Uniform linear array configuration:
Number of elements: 24
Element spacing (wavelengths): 1
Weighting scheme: exponential
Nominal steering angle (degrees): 15
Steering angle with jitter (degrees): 14.629
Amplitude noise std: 0.05
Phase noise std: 0.05

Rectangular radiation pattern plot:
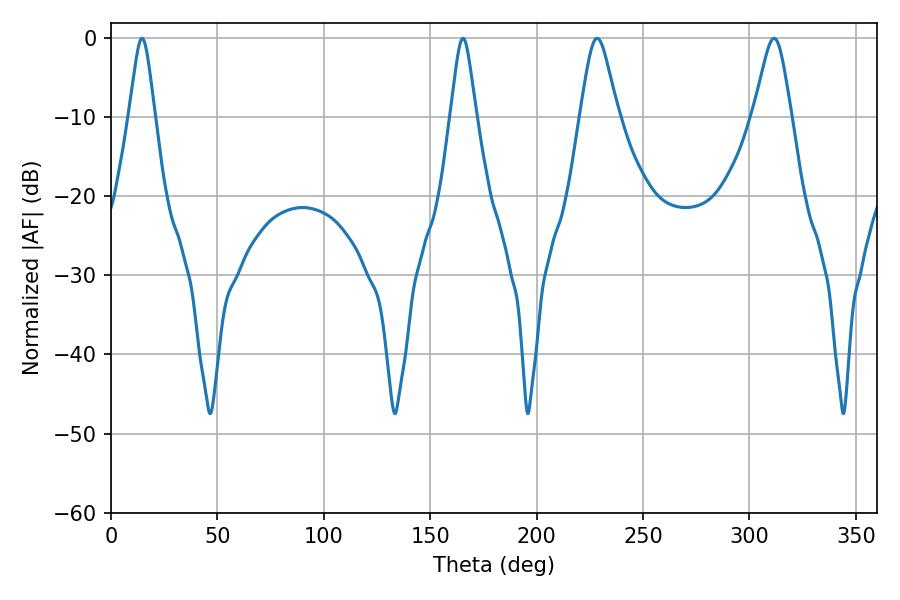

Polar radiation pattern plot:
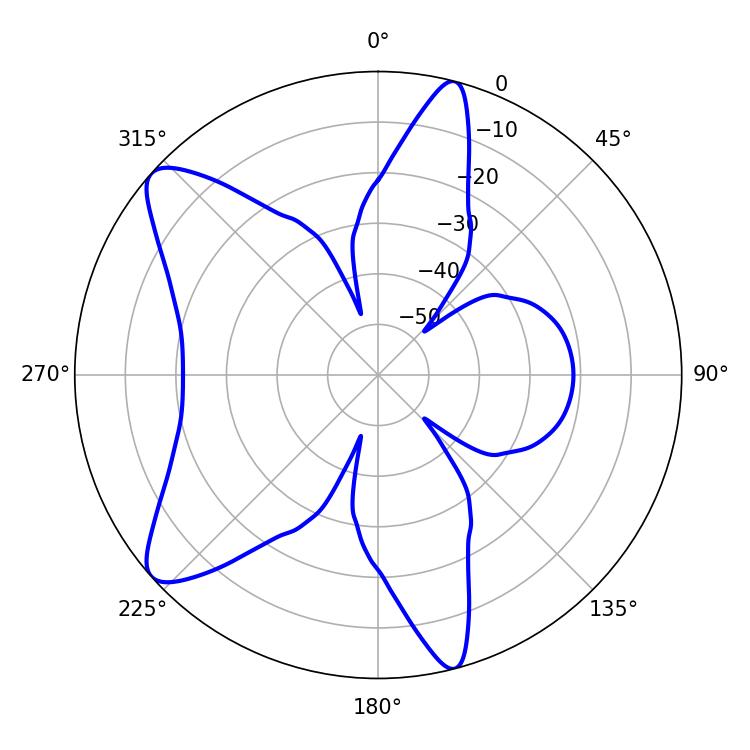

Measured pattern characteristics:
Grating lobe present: TRUE
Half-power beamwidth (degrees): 8.64
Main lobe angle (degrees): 228.42